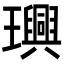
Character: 𤫂